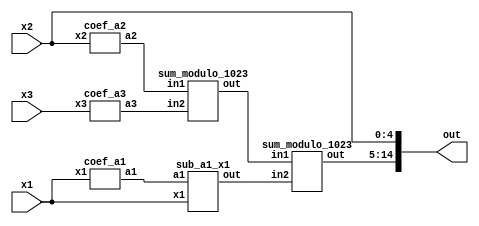
module reverse_converter_33_32_31 (x1, x2, x3, out);
	input [5:0] x1;
	input [4:0] x2;
	input [4:0] x3;
	wire [9:0] a1;
	wire [9:0] a2;
	wire [9:0] a3;
	wire [9:0] sum1;
	wire [9:0] sum2;
	wire [9:0] sum3;
	output [14:0] out;
		
	coef_a1 ca1(x1,a1);
	coef_a2 ca2(x2,a2);
	coef_a3 ca3(x3,a3);
	sum_modulo_1023 sm1(a2, a3, sum1);
	sub_a1_x1 sm2(a1, x1, sum2);
	sum_modulo_1023 sm3(sum1, sum2, sum3);
	
	assign out[0] = x2[0];
	assign out[1] = x2[1];
	assign out[2] = x2[2];
	assign out[3] = x2[3];
	assign out[4] = x2[4];
	
	assign out[5] = sum3[0];
	assign out[6] = sum3[1];
	assign out[7] = sum3[2];
	assign out[8] = sum3[3];
	assign out[9] = sum3[4];
	assign out[10] = sum3[5];
	assign out[11] = sum3[6];
	assign out[12] = sum3[7];
	assign out[13] = sum3[8];
	assign out[14] = sum3[9];
	
endmodule

module coef_a3 (x3, a3);
	input [4:0] x3;
	output [9:0] a3;
	assign a3[9] = x3[0];
	assign a3[8] = x3[4];
	assign a3[7] = x3[3];
	assign a3[6] = x3[2];
	assign a3[5] = x3[1];
	assign a3[4] = x3[0];
	assign a3[3] = x3[4];
	assign a3[2] = x3[3];
	assign a3[1] = x3[2];
	assign a3[0] = x3[1];
endmodule

module coef_a2 (x2, a2);
	input [4:0] x2;
	output [9:0] a2;
	assign a2[9] = ~x2[4];
	assign a2[8] = ~x2[3];
	assign a2[7] = ~x2[2];
	assign a2[6] = ~x2[1];
	assign a2[5] = ~x2[0];
	assign a2[4] = 1;
	assign a2[3] = 1;
	assign a2[2] = 1;
	assign a2[1] = 1;
	assign a2[0] = 1;
endmodule

module coef_a1 (x1, a1);
	input [5:0] x1;
	output [9:0] a1;
	wire bx;
	
	assign bx = x1[5] ^ x1[0];
	assign a1[9] = bx;
	assign a1[8] = x1[4];
	assign a1[7] = x1[3];
	assign a1[6] = x1[2];
	assign a1[5] = x1[1];
	assign a1[4] = bx;
	assign a1[3] = x1[4];
	assign a1[2] = x1[3];
	assign a1[1] = x1[2];
	assign a1[0] = x1[1];
	
endmodule

// Sum modulo (2^10 - 1) = 1023
module sum_modulo_1023 (in1, in2, out);
	input [9:0] in1;
	input [9:0] in2;
	output reg [9:0] out;
	wire [10:0] data;
	wire [10:0] data2;
	assign data = in1 + in2;
	assign data2 = in1 + in2 + 1;
	always @(*)
	begin
		if (data2[10] == 1)
			out <= data2[9:0];
		else
			out <= data[9:0];
	end
endmodule

module sub_a1_x1 (a1, x1, out);
	input [9:0] a1;
	input [5:0] x1;
	output [9:0] out;
	
	assign out = a1 - x1;
	
endmodule